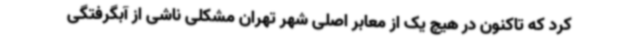
کرد که تاکنون در هیچ یک از معابر اصلی شهر تهران مشکلی ناشی از آبگرفتگی